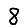
Digit: 8